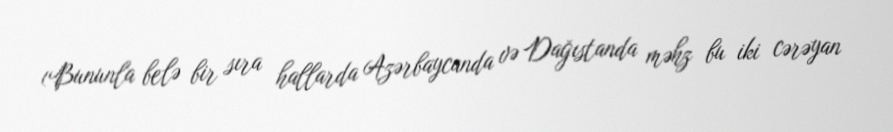
(Bununla belə bir sıra hallarda Azərbaycanda və Dağıstanda məhz bu iki cərəyan